38_143685_box_Incident_Summaries_173-233
Agency: Department of War
Page 3
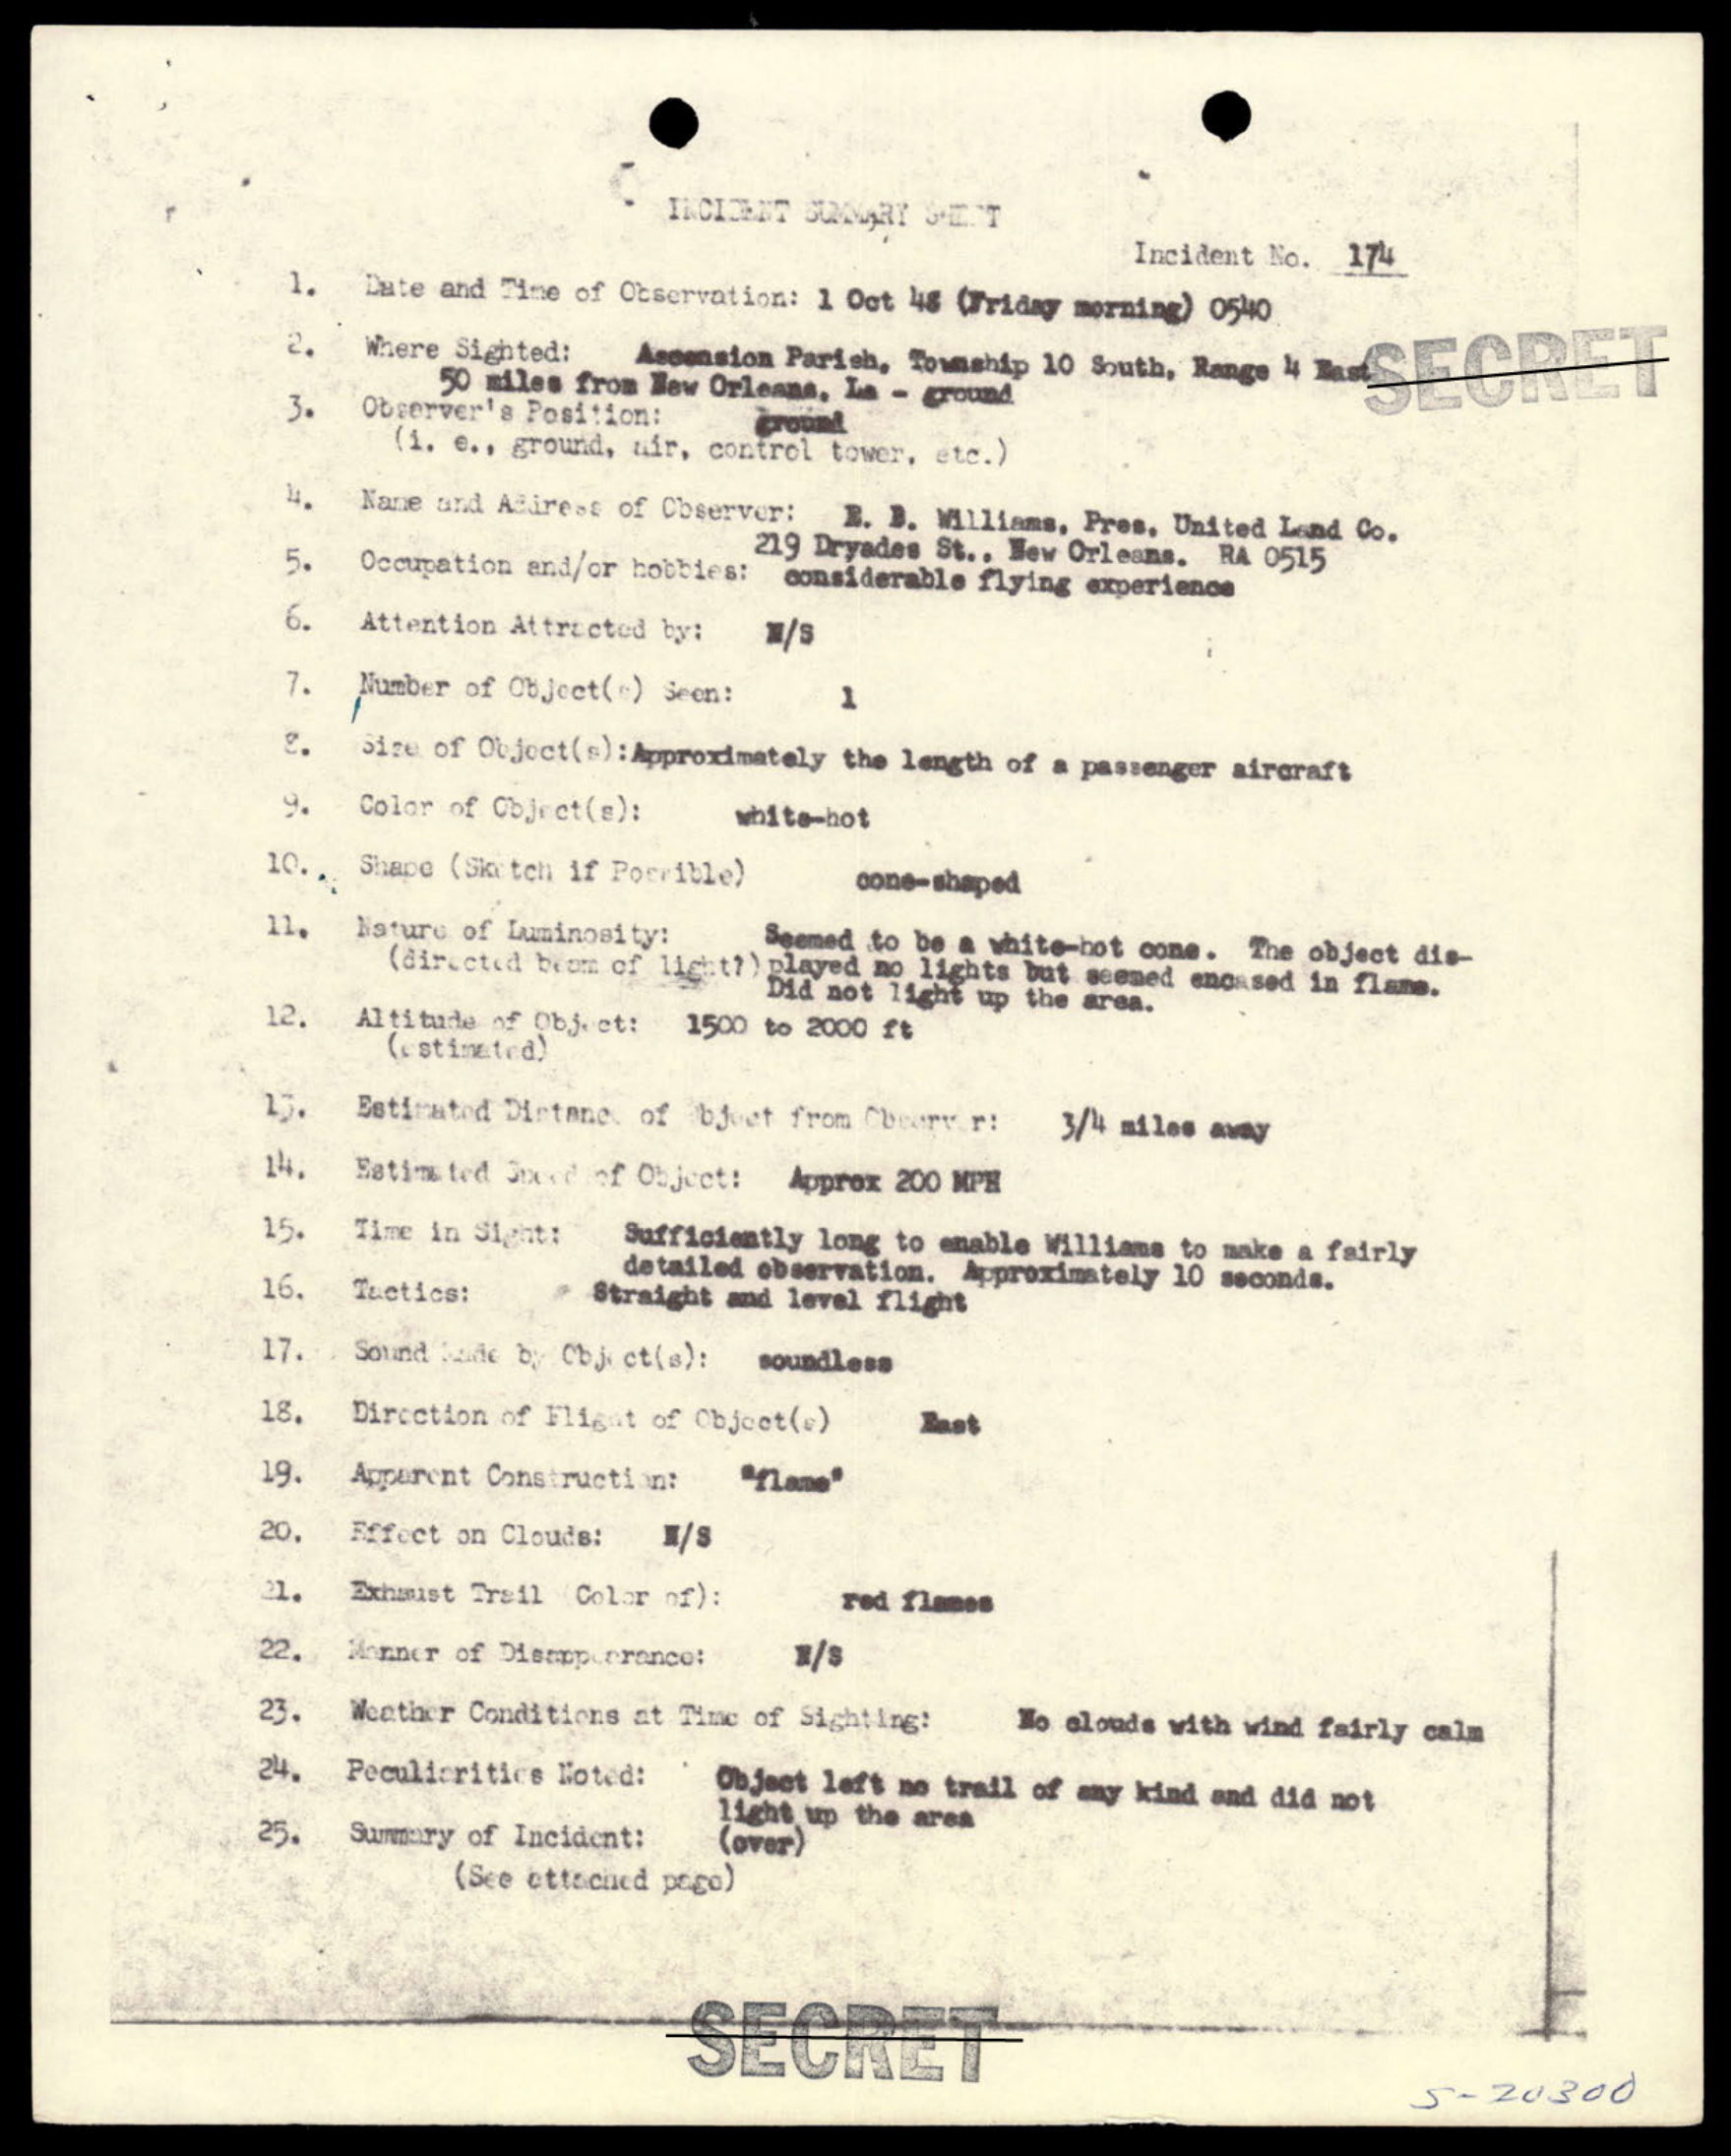